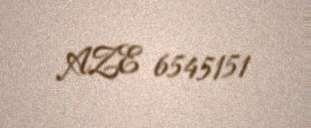
AZE 6545151